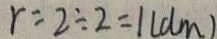
r = 2 \div 2 = 1 ( d m )